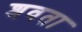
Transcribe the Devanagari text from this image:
श्रवता